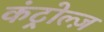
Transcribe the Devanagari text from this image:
कंट्रोल्ज़